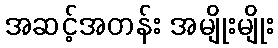
အဆင့်အတန်း အမျိုးမျိုး